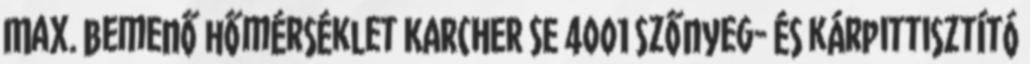
Max. bemenő hőmérséklet KARCHER SE 4001 Szőnyeg- és kárpittisztító